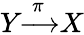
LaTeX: Y{\xrightarrow{~\pi~}}X